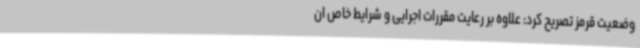
وضعیت قرمز تصریح کرد: علاوه بر رعایت مقررات اجرایی و شرایط خاص ان